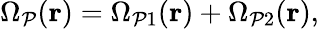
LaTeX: \Omega_{\mathcal{P}}(\mathbf{{r}})=\Omega_{\mathcal{P}1}(\mathbf{{r}})+\Omega_{\mathcal{P}2}(\mathbf{{r}}),